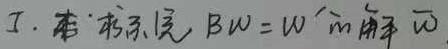
$I. 在右系里, B\omega=\omega\times\hat{m}\ 而 \ \overline{\omega}$